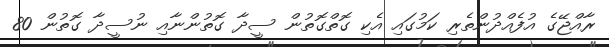
ރާއްޖޭގެ އުފެއްދުންތެރި ކަމުގައި އެކި ގޮތްގޮތުން ސީދާ ގޮތުންނާއި ނުސީދާ ގޮތުން 80